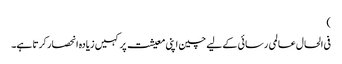
)
فی الحال عالمی رسائی کے لیے چین اپنی معیشت پر کہیں زیادہ انحصار کرتا ہے۔